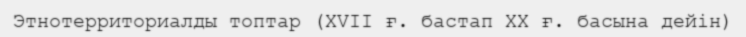
Этнотерриториалды топтар (XVII ғ. бастап XX ғ. басына дейін)